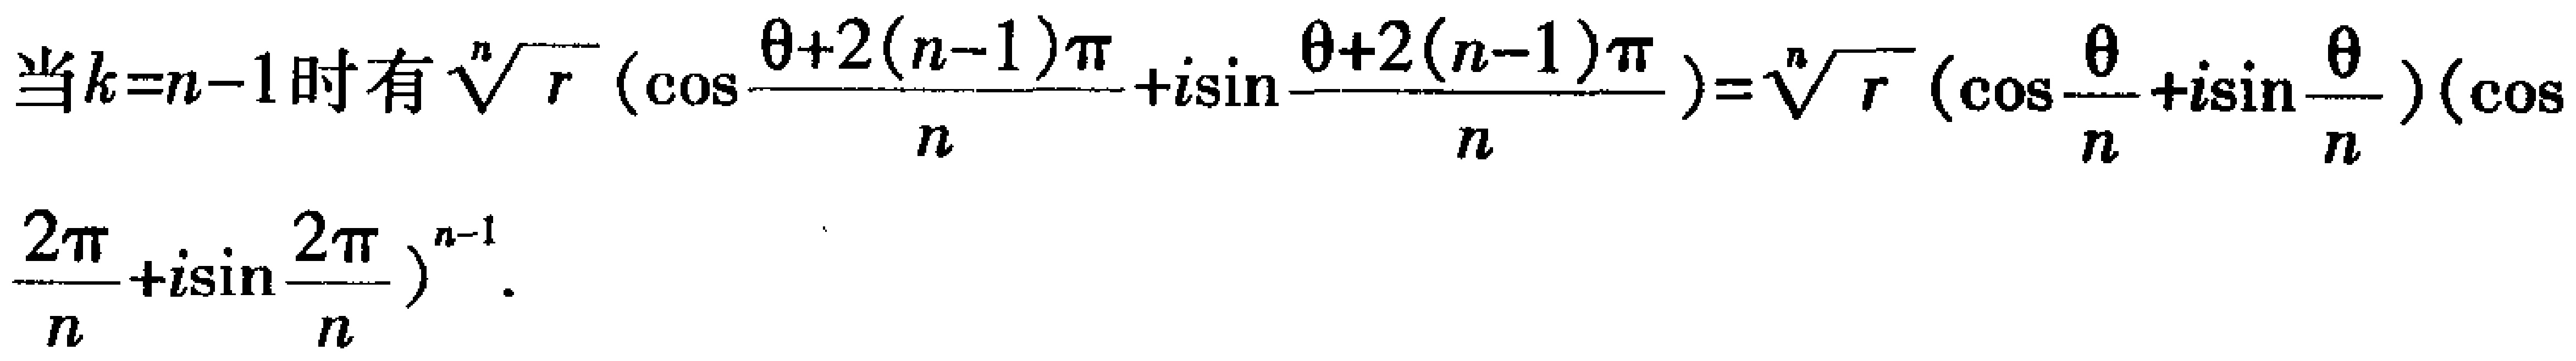
当\(k = n - 1\)时有\(\sqrt[n]{r}(\cos\frac{\theta + 2(n - 1)\pi}{n}+i\sin\frac{\theta + 2(n - 1)\pi}{n})=\sqrt[n]{r}(\cos\frac{\theta}{n}+i\sin\frac{\theta}{n})(\cos\frac{2\pi}{n}+i\sin\frac{2\pi}{n})^{n - 1}\)。